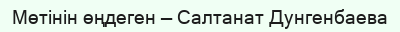
Мөтінін өңдеген — Салтанат Дунгенбаева